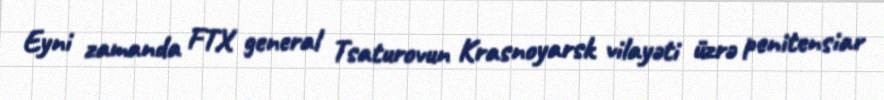
Eyni zamanda FTX general Tsaturovun Krasnoyarsk vilayəti üzrə penitensiar